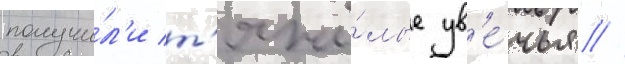
получи́л'и т'яжё́лые ув'е́чья //